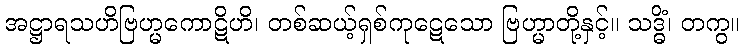
အဋ္ဌာရသဟိဗြဟ္မကောဋိဟိ၊ တစ်ဆယ့်ရှစ်ကုဋေသော ဗြဟ္မာတို့နှင့်။ သဒ္ဓိံ၊ တကွ။